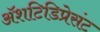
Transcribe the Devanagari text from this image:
अॅशटिडिप्रेसंट